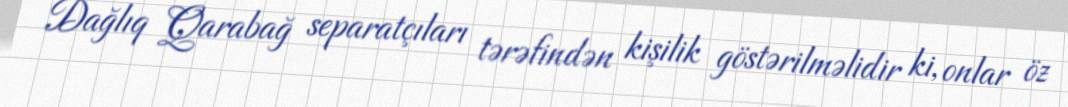
Dağlıq Qarabağ separatçıları tərəfindən kişilik göstərilməlidir ki, onlar öz